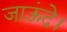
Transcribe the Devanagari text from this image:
जाऊंदे।